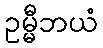
ဥမ္မီဘယံ